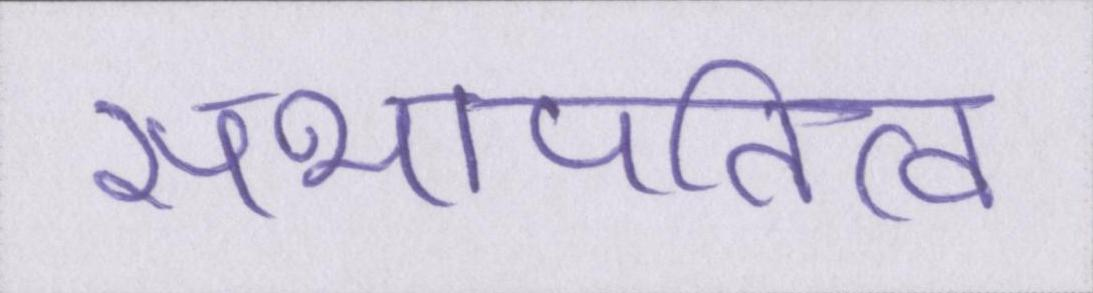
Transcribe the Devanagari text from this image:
सभापतित्व